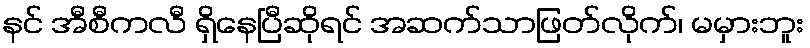
နင် အီစီကလီ ရှိနေပြီဆိုရင် အဆက်သာဖြတ်လိုက်၊ မမှားဘူး